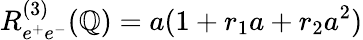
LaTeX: R_{e^{+}e^{-}}^{(3)}(\mathbb{Q})=a(1+r_{1}a+r_{2}a^{2})